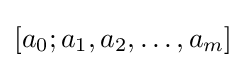
[a_{0};a_{1},a_{2},\dots ,a_{m}]